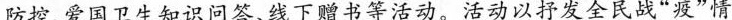
防控、爱国卫生知识问答、线下赠书等活动。活动以抒发全民战”疫”情